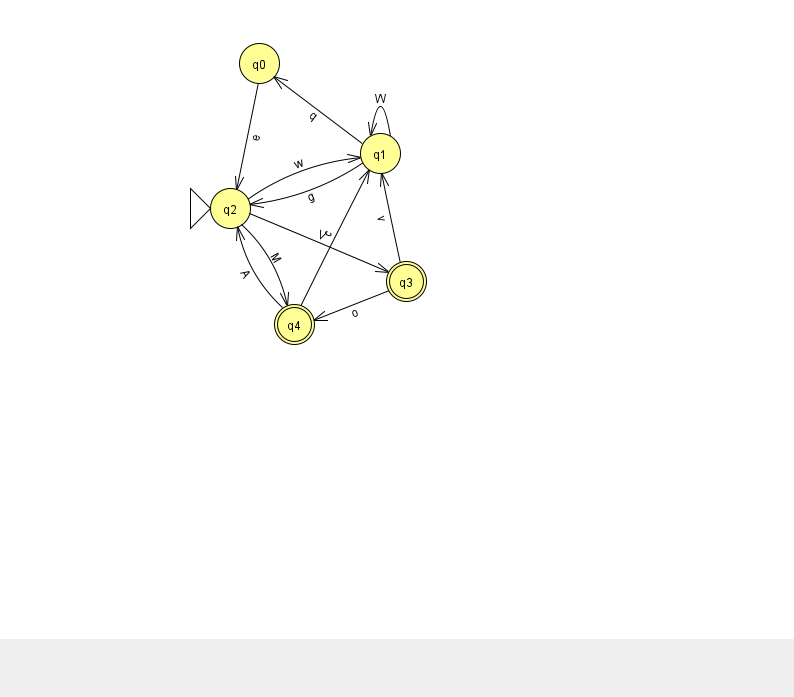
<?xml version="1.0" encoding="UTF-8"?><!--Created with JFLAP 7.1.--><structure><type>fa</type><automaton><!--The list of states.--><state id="0" name="q0"><x>259.0</x><y>50.0</y></state><state id="1" name="q1"><x>380.0</x><y>140.0</y></state><state id="2" name="q2"><x>230.0</x><y>195.0</y><initial/></state><state id="3" name="q3"><x>406.0</x><y>268.0</y><final/></state><state id="4" name="q4"><x>294.0</x><y>311.0</y><final/></state><!--The list of transitions.--><transition><from>3</from><to>4</to><read>o</read></transition><transition><from>3</from><to>1</to><read>v</read></transition><transition><from>4</from><to>2</to><read>A</read></transition><transition><from>1</from><to>0</to><read>q</read></transition><transition><from>1</from><to>1</to><read>W</read></transition><transition><from>2</from><to>4</to><read>M</read></transition><transition><from>4</from><to>1</to><read>c</read></transition><transition><from>1</from><to>2</to><read>g</read></transition><transition><from>2</from><to>1</to><read>w</read></transition><transition><from>2</from><to>3</to><read>V</read></transition><transition><from>0</from><to>2</to><read>e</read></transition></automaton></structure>